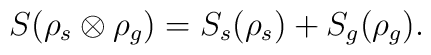
S(\rho_s\otimes\rho_g) = S_s (\rho_s) +        S_g(\rho_g).